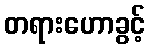
တရားဟောခွင့်